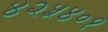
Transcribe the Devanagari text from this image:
४२५४०१